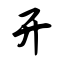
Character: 开